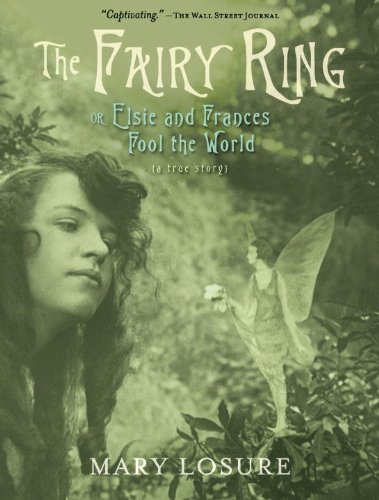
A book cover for The Fairy Ring: Or Elsie and Frances Fool the World; Mary Losure; Children's Books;